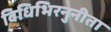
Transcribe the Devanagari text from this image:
विधिभिरनुनीता